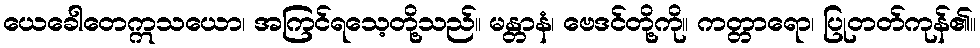
ယေခေါတေဣသယော၊ အကြင်ရသေ့တို့သည်။ မန္တာနံ၊ ဗေဒင်တို့ကို။ ကတ္တာရော၊ ပြုတတ်ကုန်၏။